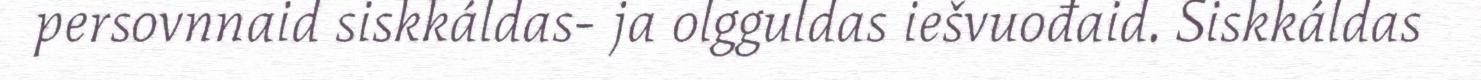
persovnnaid siskkáldas- ja olgguldas iešvuođaid. Siskkáldas